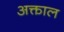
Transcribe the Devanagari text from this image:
अक्ताल